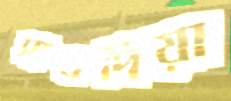
সাবদিয়া